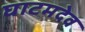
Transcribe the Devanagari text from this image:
घाटमदेव